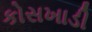
કોસખાડી